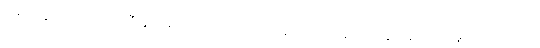
အိမ်ရှင်မှူးမတ်ကတော်ကြီးနှင့် အာလာပ သလ္လာပပြောဆို လျက် ပြန်လည်ထွက်ပေါ်တော်မူလာလေသည်။